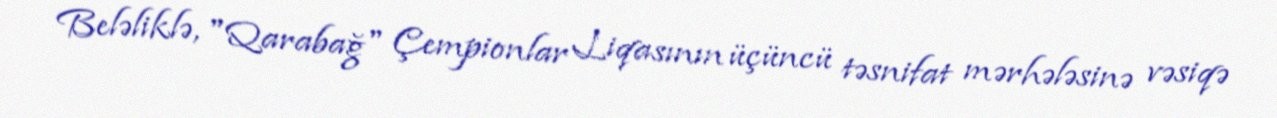
Beləliklə, "Qarabağ" Çempionlar Liqasının üçüncü təsnifat mərhələsinə vəsiqə